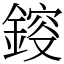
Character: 𨨿